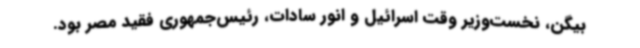
بیگن، نخست‌وزیر وقت اسرائیل و انور سادات، رئیس‌جمهوری فقید مصر بود.